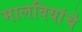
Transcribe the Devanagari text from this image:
मालवियांचे